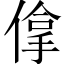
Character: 𠌧